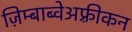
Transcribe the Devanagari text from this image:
ज़िम्बाब्वेअफ़्रीकन